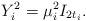
LaTeX: \begin{align*} Y_i^2=\mu_i^2 I_{2t_i}.\end{align*}